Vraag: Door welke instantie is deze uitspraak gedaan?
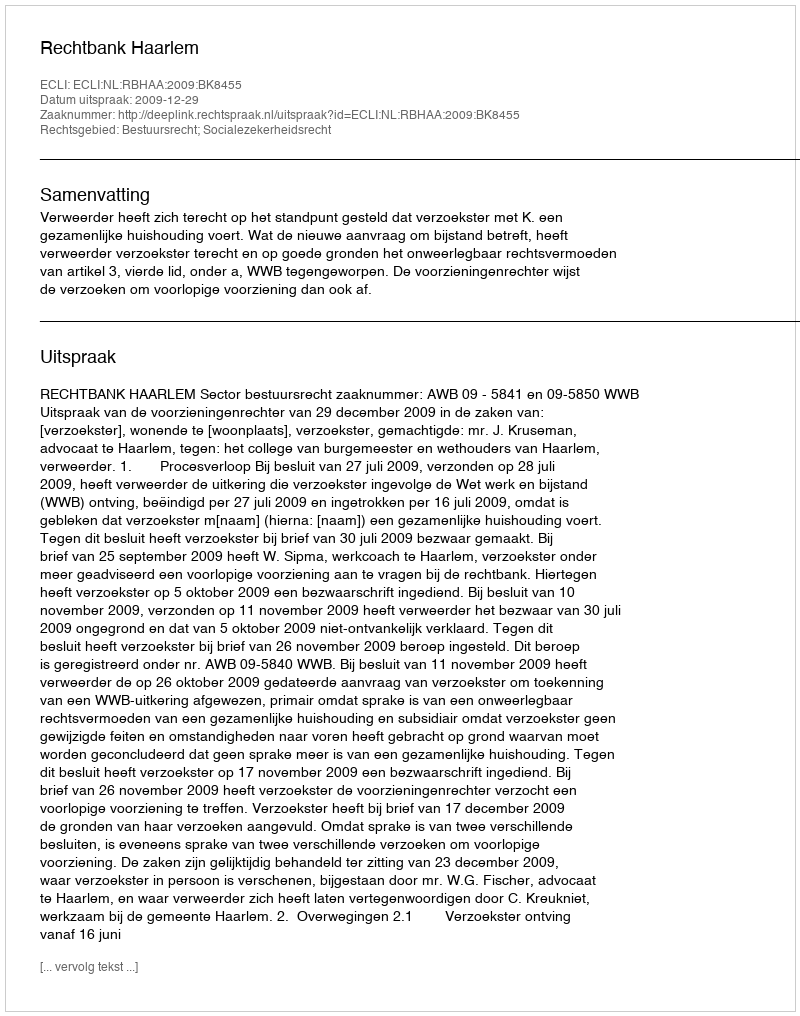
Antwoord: Rechtbank Haarlem